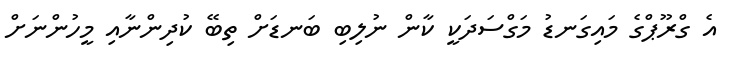
އެ ގްރޫޕްގެ މައިގަނޑު މަގްސަދަކީ ކާން ނުލިބި ބަނޑަށް ތިބޭ ކުދިންނާއި މީހުންނަށް